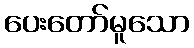
ပေးတော်မူသော